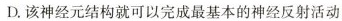
D.该神经元结构就可以完成最基本的神经反射活动